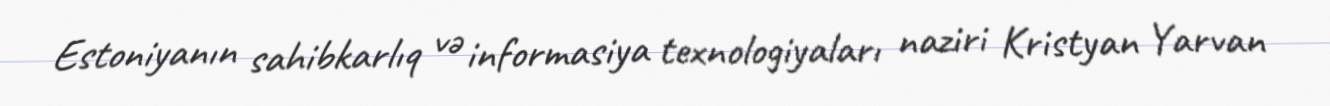
Estoniyanın sahibkarlıq və informasiya texnologiyaları naziri Kristyan Yarvan